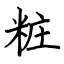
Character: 粧